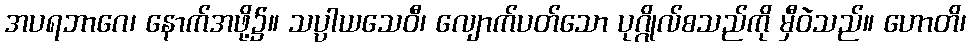
အပရဘာဂေ၊ နောက်အဖို့၌။ သပ္ပါယသေဝီ၊ လျောက်ပတ်သော ပုဂ္ဂိုလ်စသည်ကို မှီဝဲသည်။ ဟောတိ၊